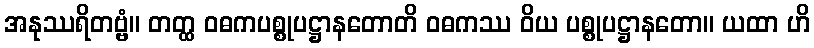
အနုဿရိတဗ္ဗံ။ တတ္ထ ဝဓကပစ္စုပဋ္ဌာနတောတိ ဝဓကဿ ဝိယ ပစ္စုပဋ္ဌာနတော။ ယထာ ဟိ